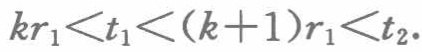
\(kr_{1}<t_{1}<(k + 1)r_{1}<t_{2}.\)